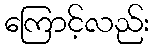
ကြောင့်လည်း